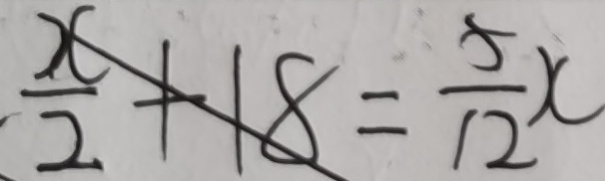
\frac { x } { 2 } + 1 8 = \frac { 5 } { 1 2 } x